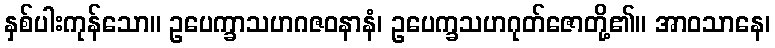
နှစ်ပါးကုန်သော။ ဥပေက္ခာသဟဂဇဝနာနံ၊ ဥပေက္ခသဟဂုတ်ဇောတို့၏။ အာဝသာနေ၊